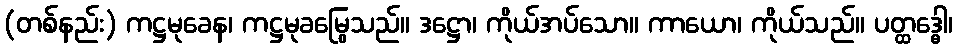
(တစ်နည်း) ကဋ္ဌမုခေန၊ ကဋ္ဌမုခမြွေသည်။ ဒဋ္ဌော၊ ကိုယ်အပ်သော။ ကာယော၊ ကိုယ်သည်။ ပတ္ထဒ္ဓေါ၊